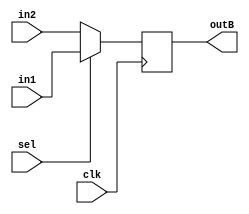
///////////////////////////////////////////////////////
//// 		Design of Multiplxer		//////
/////////////////////////////////////////////////////

module muxB ( clk, in1, in2, sel, outB);
input clk;
input [11:0] in1;
input [11:0] in2;
input sel;
output [11:0] outB;

reg [11:0] outB;

always@(posedge clk)
begin
	if ( sel == 1 ) begin
	outB <= in1;
	end
	else if ( sel == 0) begin
	outB <= in2;
	end
end
endmodule